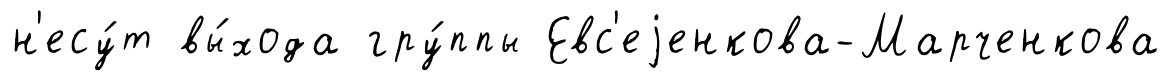
н'есу́т вы́хода гру́ппы Евс'еjенкова-Марченкова